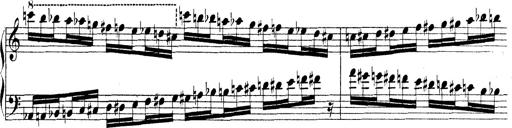
Title: Technische Studien
Composer: Franz Liszt